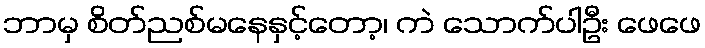
ဘာမှ စိတ်ညစ်မနေနှင့်တော့၊ ကဲ သောက်ပါဦး ဖေဖေ